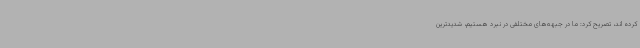
کرده اند، تصریح کرد: ما در جبهه‌های مختلفی در نبرد هستیم، شدیدترین